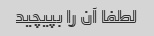
لطفا آن را بپیچید